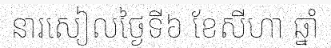
នារសៀលថ្ងៃទី៦ ខែសីហា ឆ្នាំ